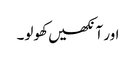
اور آنکھیں کھولو۔